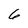
Character: 6